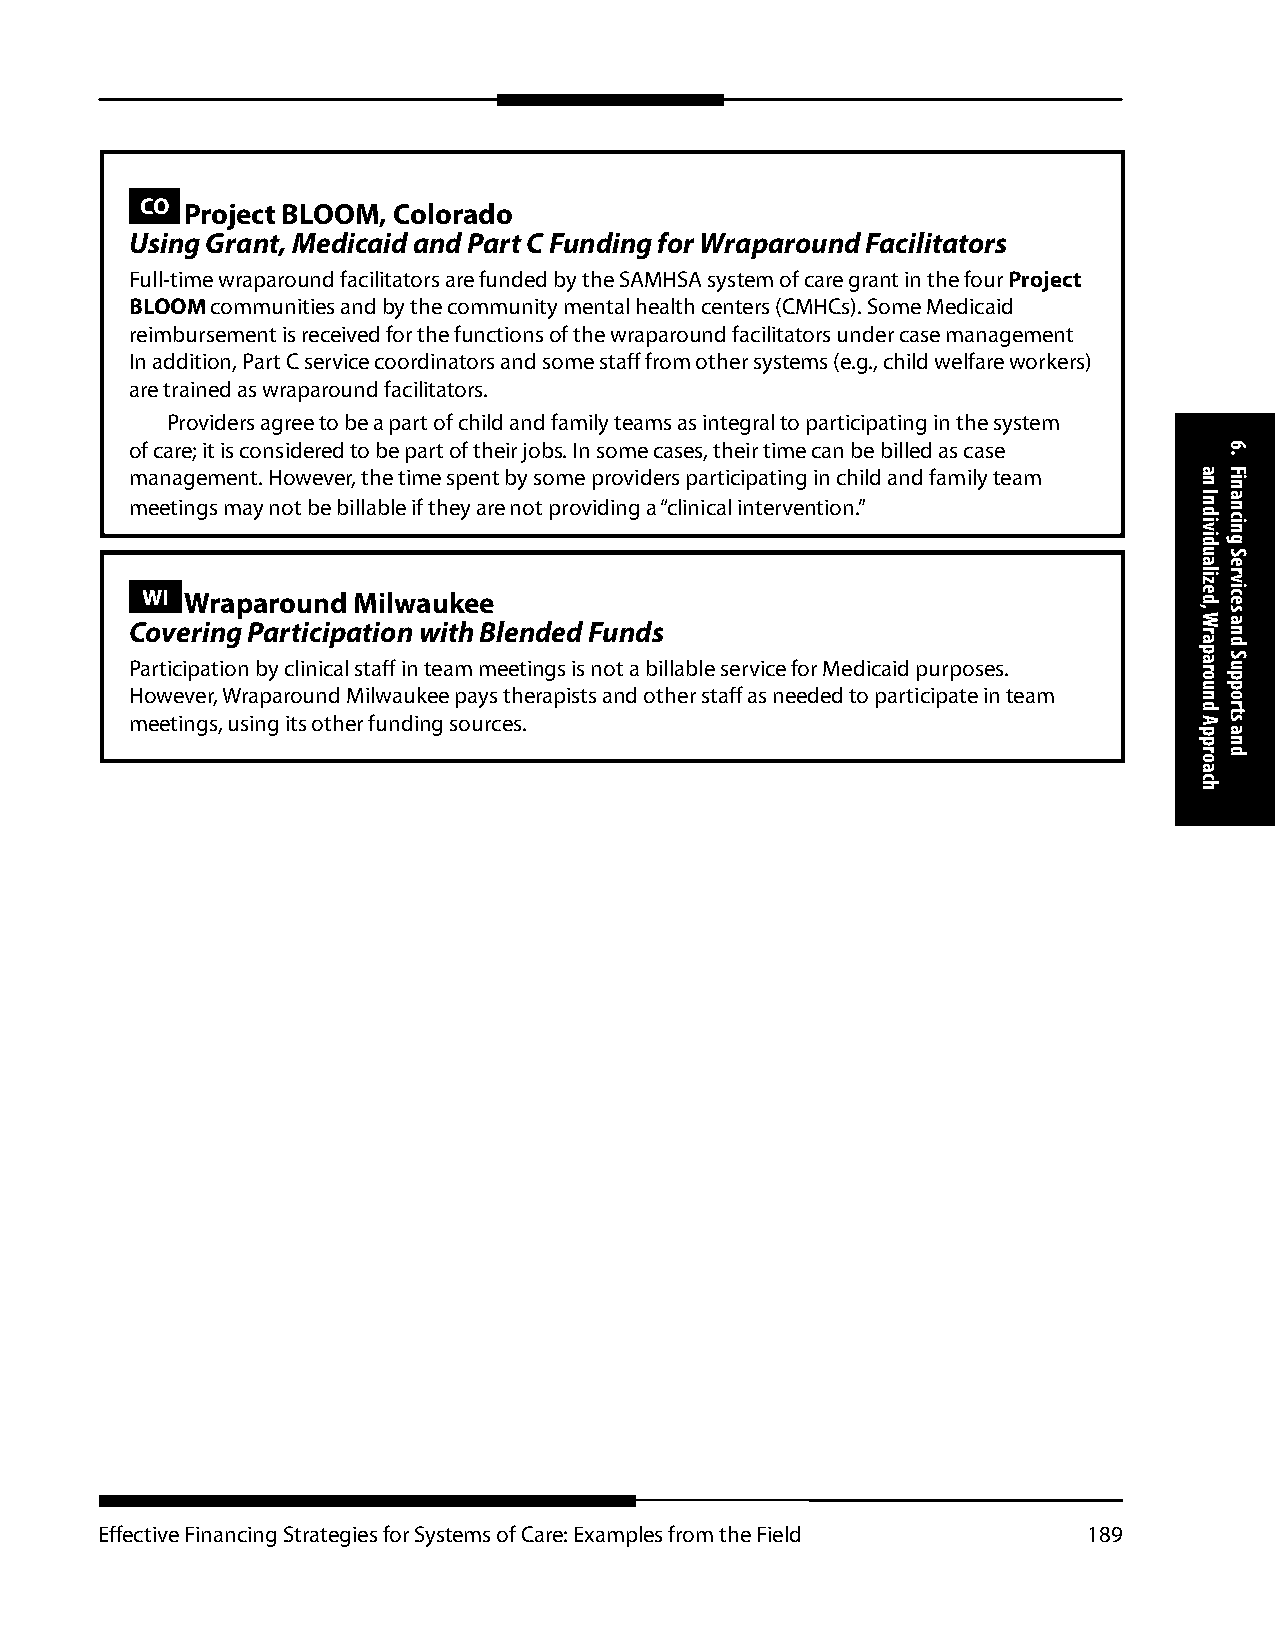
CO Project BLOOM, Colorado
 Using Grant, Medicaid and Part C Funding for Wraparound Facilitators
 Full-time wraparound facilitators are funded by the SAMHSA system of care grant in the four Project
 BLOOM communities and by the community mental health centers (CMHCs). Some Medicaid
 reimbursement is received for the functions of the wraparound facilitators under case management
 In addition, Part C service coordinators and some staff from other systems (e.g., child welfare workers)
 are trained as wraparound facilitators.
 Providers agree to be a part of child and family teams as integral to participating in the system
 of care; it is considered to be part of their jobs. In some cases, their time can be billed as case
 management. However, the time spent by some providers participating in child and family team
 meetings may not be billable if they are not providing a “clinical intervention.”
 WI Wraparound Milwaukee
 Covering Participation with Blended Funds
 Participation by clinical staff in team meetings is not a billable service for Medicaid purposes.
 However, Wraparound Milwaukee pays therapists and other staff as needed to participate in team
 meetings, using its other funding sources.
 Effective Financing Strategies for Systems of Care: Examples from the Field 189
 an
 Individualized,
 Wraparound
 Approach
 6.
 Financing
 Services
 and
 Supports
 and